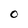
Character: O